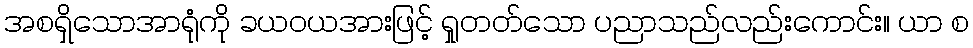
အစရှိသောအာရုံကို ခယဝယအားဖြင့် ရှုတတ်သော ပညာသည်လည်းကောင်း။ ယာ စ